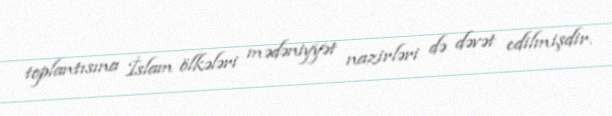
toplantısına İslam ölkələri mədəniyyət nazirləri də dəvət edilmişdir.